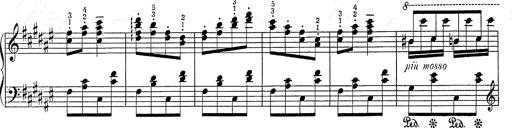
Title: Hungarian Rhapsody No.2
Composer: Franz Liszt
Key: C-sharp minor